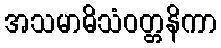
အသမာဓိသံဝတ္တနိကာ